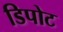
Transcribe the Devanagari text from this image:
डिपोट